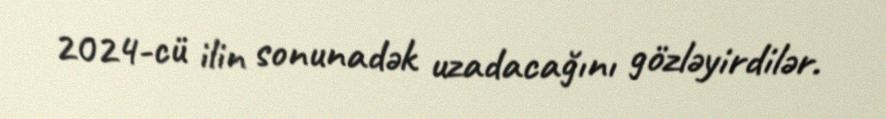
2024-cü ilin sonunadək uzadacağını gözləyirdilər.